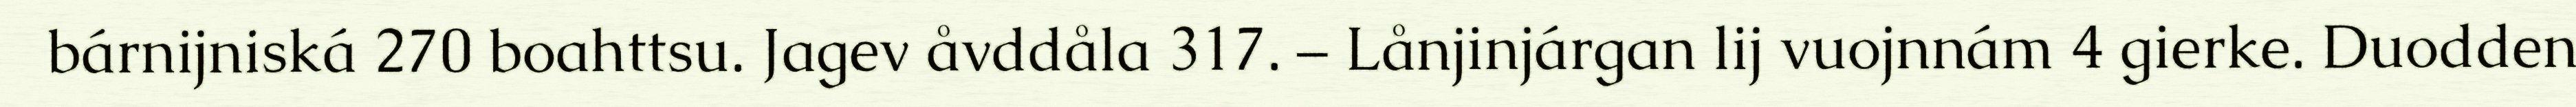
bárnijniská 270 boahttsu. Jagev åvddåla 317. – Lånjinjárgan lij vuojnnám 4 gierke. Duodden